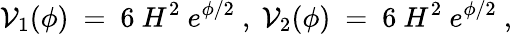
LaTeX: \mathcal{V}_{1}(\phi)~=~6~H^{2}~e^{\phi/2}~,~\mathcal{V}_{2}(\phi)~=~6~H^{2}~e^{\phi/2}~,~\,